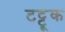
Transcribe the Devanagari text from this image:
टट्टूक